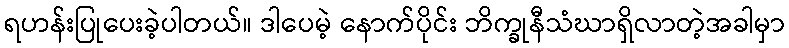
ရဟန်းပြုပေးခဲ့ပါတယ်။ ဒါပေမဲ့ နောက်ပိုင်း ဘိက္ခုနီသံဃာရှိလာတဲ့အခါမှာ